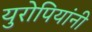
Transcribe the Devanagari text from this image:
युरोपियांनी